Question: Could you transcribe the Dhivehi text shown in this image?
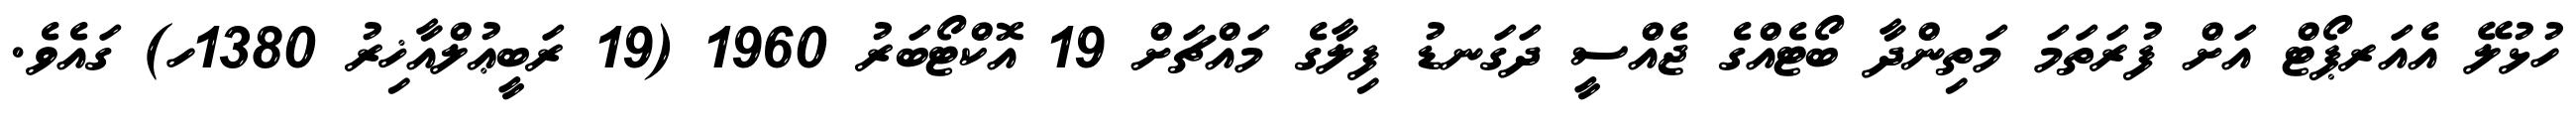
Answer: ހުޅުލޭ އެއަރޕޯޓް އަށް ފުރަތަމަ މަތިންދާ ބޯޓެއްގެ ޖެއްސީ ދަގަނޑު ފިލާގެ މައްޗަށް 19 އޮކްޓޯބަރު 1960 (19 ރަބީޢުލްއާޚިރު 1380ހ) ގައެވެ.